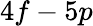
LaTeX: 4f-5p